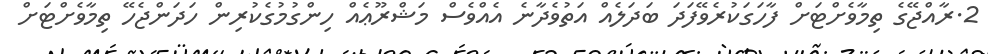
2.ރާއްޖޭގެ ތިމާވެށްޓަށް ފާހަގަކުރެވޭފަދަ ބަދަލެއް އަތުވެދާނެ އެއްވެސް މަޝްރޫޢެއް ހިންގުމުގެކުރިން ހަދަންޖެހޭ ތިމާވެށްޓަށް